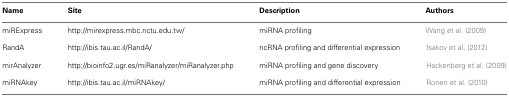
<table><thead><tr><td><b>Name</b></td><td><b>Site</b></td><td><b>Description</b></td><td><b>Authors</b></td></tr></thead><tbody><tr><td>miRExpress</td><td>http://mirexpress.mbc.nctu.edu.tw/</td><td>miRNA profiling</td><td>Wang et al. (2009)</td></tr><tr><td>RandA</td><td>http://ibis.tau.ac.il/RandA/</td><td>ncRNA profiling and differential expression</td><td>Isakov et al. (2012)</td></tr><tr><td>mirAnalyzer</td><td>http://bioinfo2.ugr.es/miRanalyzer/miRanalyzer.php</td><td>miRNA profiling and gene discovery</td><td>Hackenberg et al. (2009)</td></tr><tr><td>miRNAkey</td><td>http://ibis.tau.ac.il/miRNAkey/</td><td>miRNA profiling and differential expression</td><td>Ronen et al. (2010)</td></tr></tbody></table>